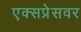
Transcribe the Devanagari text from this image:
एक्सप्रेसवर